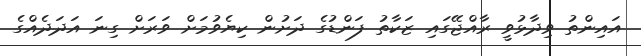
އައިންތު ވިދާޅުވީ ރާއްޖޭގައި ޒަކާތު ފަންޑުގެ ދަށުން ކިޔެވުމަށް ވަރަށް ގިނަ އަދަދެއްގެ